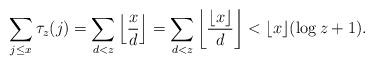
LaTeX: \begin{align*}\sum_{j\le x}\tau_z(j)=\sum_{d<z}\left\lfloor\frac xd\right\rfloor=\sum_{d<z}\left\lfloor\frac{\lfloor x\rfloor}d\right\rfloor<\lfloor x\rfloor(\log z+1).\end{align*}